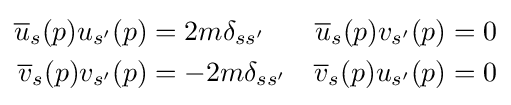
{\begin{aligned}{\overline {u}}_{s}(p)u_{s'}(p)&=2m\delta _{ss'}&{\overline {u}}_{s}(p)v_{s'}(p)&=0\\{\overline {v}}_{s}(p)v_{s'}(p)&=-2m\delta _{ss'}&{\overline {v}}_{s}(p)u_{s'}(p)&=0\end{aligned}}